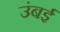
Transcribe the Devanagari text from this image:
उंबई